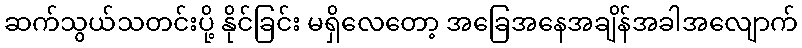
ဆက်သွယ်သတင်းပို့ နိုင်ခြင်း မရှိလေတော့ အခြေအနေအချိန်အခါအလျောက်